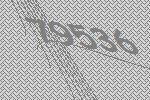
79536